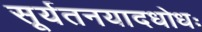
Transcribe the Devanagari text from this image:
सूर्यतनयादधोधः